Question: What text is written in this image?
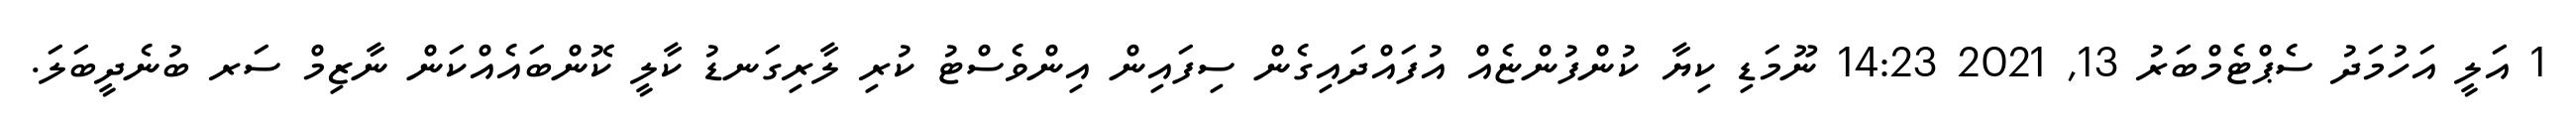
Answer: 1 އަލީ އަހުމަދު ސެޕްޓެމްބަރު 13, 2021 14:23 ނޫމަޑި ކިޔާ ކުންފުންޏެއް އުފައްދައިގެން ސިފައިން އިންވެސްޓު ކުރި ލާރިގަނޑު ކާލީ ކޮންބައެއްކަން ނާޒިމް ސަރ ބުނެދީބަލަ.